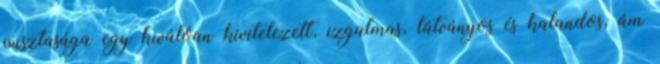
pusztasága egy kiválóan kivitelezett, izgalmas, látványos és kalandos, ám